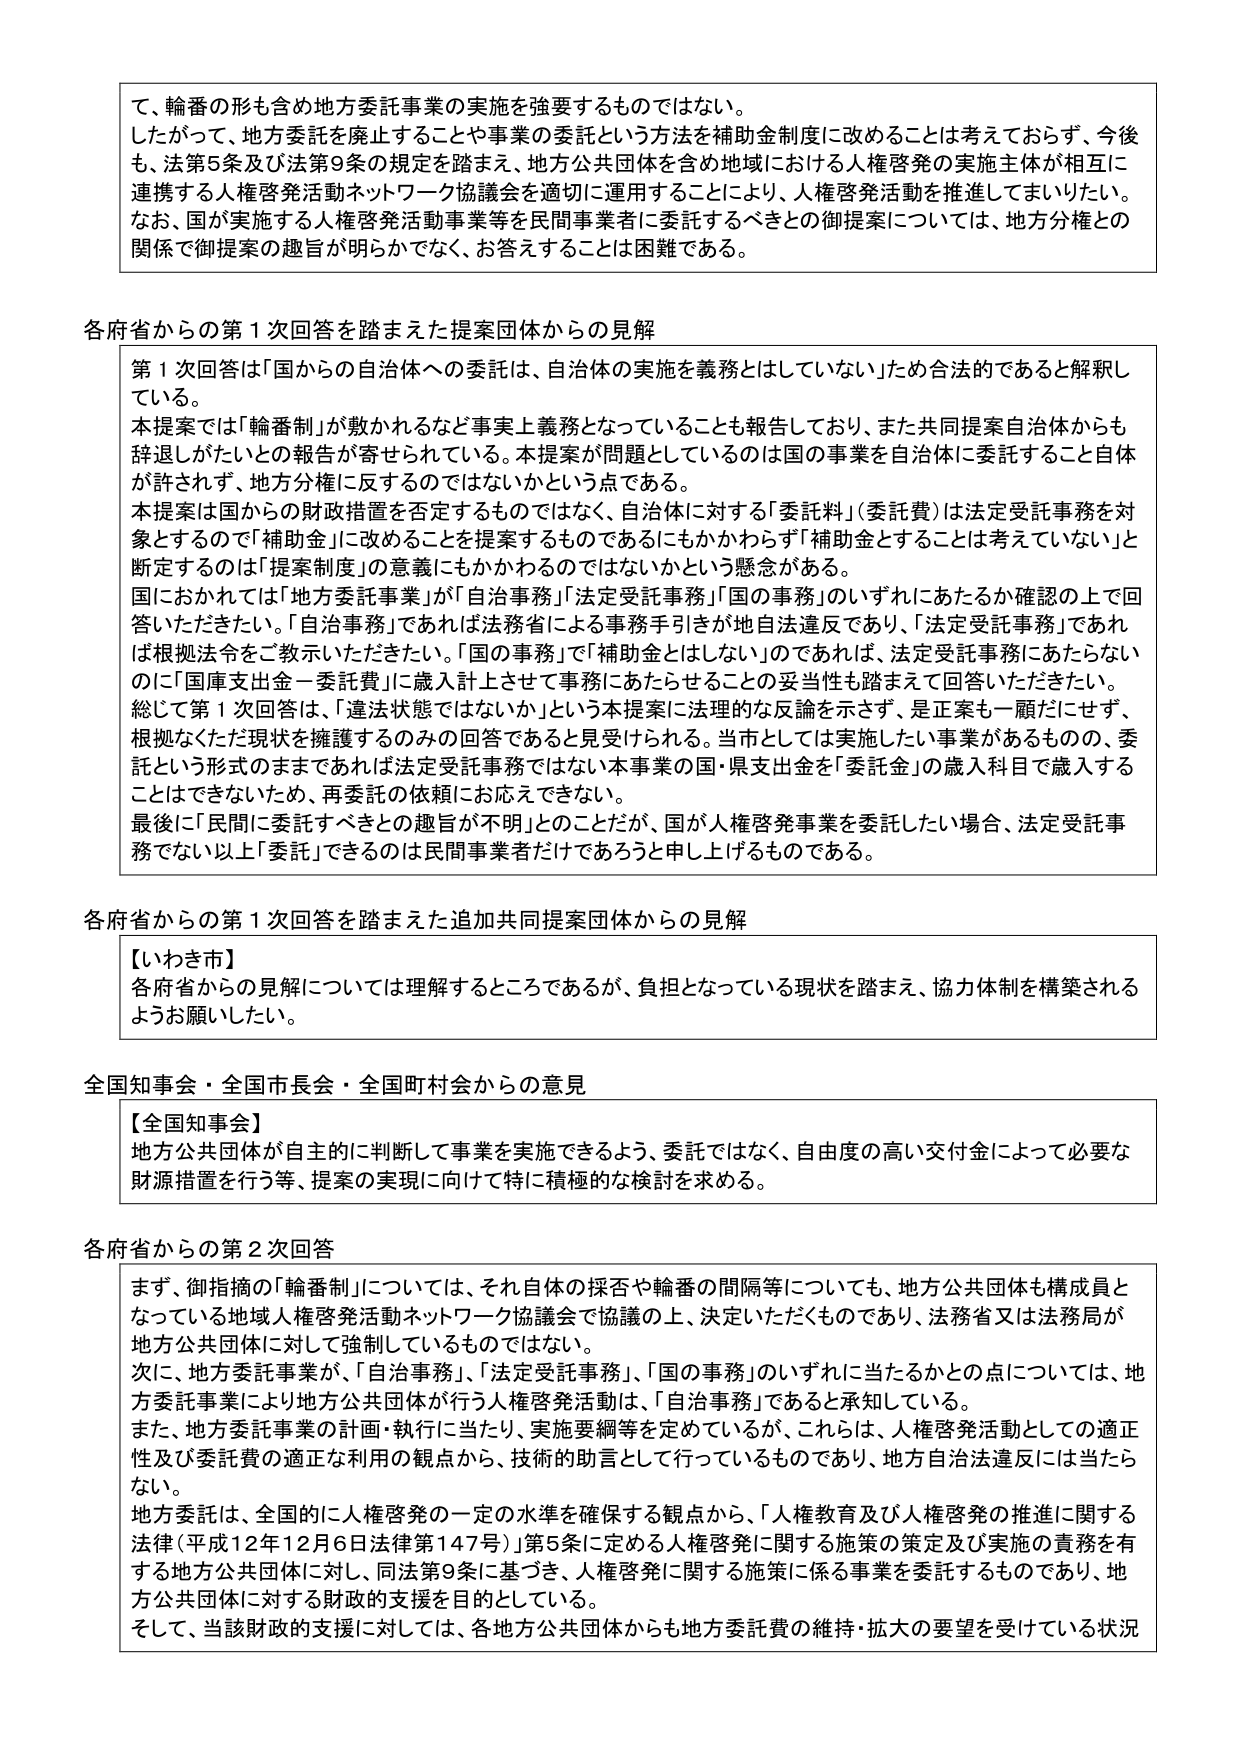
て、輪番の形も含め地方委託事業の実施を強要するものではない。
したがって、地方委託を廃止することや事業の委託という方法を補助金制度に改めることは考えておらず、今後も、法第5条及び法第9条の規定を踏まえ、地方公共団体を含め地域における人権啓発の実施主体が相互に連携する人権啓発活動ネットワーク協議会を適切に運用することにより、人権啓発活動を推進してまいりたい。
なお、国が実施する人権啓発活動事業等を民間事業者に委託するべきとの御提案については、地方分権との関係で御提案の趣旨が明らかでなく、お答えすることは困難である。

各府省からの第1次回答を踏まえた提案団体からの見解
第1次回答は「国からの自治体への委託は、自治体の実施を義務とはしていない」ため合法的であると解釈している。
本提案では「輪番制」が敷かれるなど事実上義務となっていることも報告しており、また共同提案自治体からも辞退しがたいとの報告が寄せられている。本提案が問題としているのは国の事業を自治体に委託すること自体が許されず、地方分権に反するのではないかという点である。
本提案は国からの財政措置を否定するものではなく、自治体に対する「委託料」（委託費）は法定受託事務を対象とするので「補助金」に改めることを提案するものであるにもかかわらず「補助金とすることは考えていない」と断定するのは「提案制度」の意義にもかかわるのではないかという懸念がある。
国におかれては「地方委託事業」が「自治事務」「法定受託事務」「国の事務」のいずれにあたるか確認の上で回答いただきたい。「自治事務」であれば法務省による事務手引きが地自法違反であり、「法定受託事務」であれば根拠法令をご教示いただきたい。「国の事務」で「補助金とはしない」のであれば、法定受託事務にあたらないのに「国庫支出金－委託費」に歳入計上させて事務にあたらせることの妥当性も踏まえて回答いただきたい。
総じて第1次回答は、「違法状態ではないか」という本提案に法理的な反論を示さず、是正案も一顧だにせず、根拠なくただ現状を擁護するのみの回答であると見受けられる。当市としては実施したい事業があるものの、委託という形式のままであれば法定受託事務ではない本事業の国・県支出金を「委託金」の歳入科目で歳入することができないため、再委託の依頼にお応えできない。
最後に「民間に委託すべきとの趣旨が不明」とのことが、国が人権啓発事業を委託したい場合、法定受託事務でない以上「委託」できるのは民間事業者だけであると申し上げるものである。

各府省からの第1次回答を踏まえた追加共同提案団体からの見解
【いわき市】
各府省からの見解については理解するところであるが、負担となっている現状を踏まえ、協力体制を構築されるようお願いしたい。

全国知事会・全国市長会・全国町村会からの意見
【全国知事会】
地方公共団体が自主的に判断して事業を実施できるよう、委託ではなく、自由度の高い交付金によって必要な財源措置を行う等、提案の実現に向けて特に積極的な検討を求める。

各府省からの第2次回答
まず、御指摘の「輪番制」については、それ自体の採否や輪番の間隔等についても、地方公共団体も構成員となっている地域人権啓発活動ネットワーク協議会で協議の上、決定いただくものであり、法務省又は法務局が地方公共団体に対して強制しているものではない。
次に、地方委託事業が、「自治事務」、「法定受託事務」、「国の事務」のいずれに当たるかとの点については、地方委託事業により地方公共団体が行う人権啓発活動は、「自治事務」であると承知している。
また、地方委託事業の計画・執行に当たり、実施要綱等を定めているが、これらは、人権啓発活動としての適正性及び委託費の適正な利用の観点から、技術的助言として行っているものであり、地方自治法違反には当たらない。
地方委託は、全国的に人権啓発の一定の水準を確保する観点から、「人権教育及び人権啓発の推進に関する法律（平成12年12月6日法律第147号）」第5条に定める人権啓発に関する施策の策定及び実施の責務を有する地方公共団体に対し、同法第9条に基づき、人権啓発に関する施策に係る事業を委託するものであり、地方公共団体に対する財政的支援を目的としている。
そして、当該財政的支援に対しては、各地方公共団体からも地方委託費の維持・拡大の要望を受けている状況